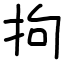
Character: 拘